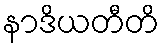
နာဒိယတီတိ